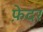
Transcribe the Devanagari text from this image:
फ़ेदर